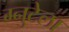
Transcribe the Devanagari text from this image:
ग्नुटेला